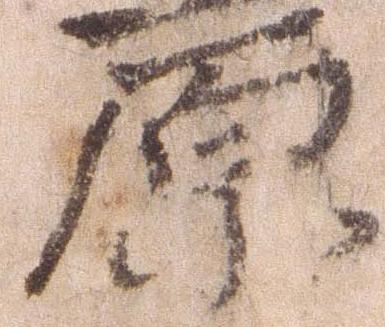
原